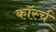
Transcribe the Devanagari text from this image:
कॉर्स्च